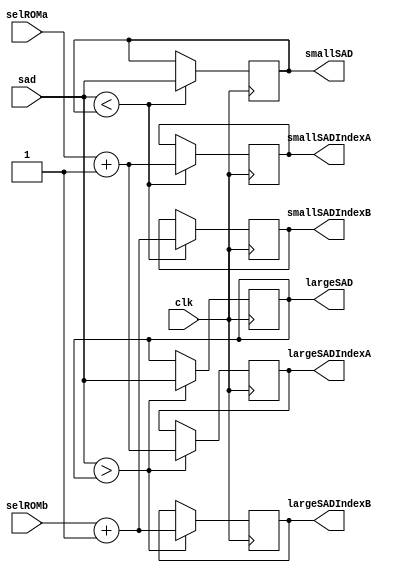
module sadComparatorMod(// Defining Ports
						input clk,
						input [23:0] sad,
						input [3:0] selROMa, selROMb,
						output [23:0] smallSAD, largeSAD,
						output [3:0] smallSADIndexA, smallSADIndexB, largeSADIndexA, largeSADIndexB
						);
	
	// Registers for finding the smallest SAD
	reg [23:0] smallSAD_reg = 8388607;
	reg [3:0] smallSADIndexA_reg;
	reg [3:0] smallSADIndexB_reg;
	
	// Smallest SAD Logic
	always@(posedge clk)
		begin
			if(sad < smallSAD_reg)
				begin
					smallSAD_reg = sad;
					smallSADIndexA_reg = selROMa + 1;
					smallSADIndexB_reg = selROMb + 1;
				end
		end
		
	// Register for finding the largest SAD
	reg [23:0] largeSAD_reg = 0;
	reg [3:0] largeSADIndexA_reg;
	reg [3:0] largeSADIndexB_reg;
	
// Smallest SAD Logic	
	always@(posedge clk)
		begin
			if(sad > largeSAD_reg)
				begin
					largeSAD_reg = sad;
					largeSADIndexA_reg = selROMa + 1;
					largeSADIndexB_reg = selROMb + 1;
				end
		end
		
	// Connecting appropriate registers to outputs
	assign smallSAD = smallSAD_reg;
	assign largeSAD = largeSAD_reg;
	assign smallSADIndexA = smallSADIndexA_reg;
	assign smallSADIndexB = smallSADIndexB_reg;
	assign largeSADIndexA = largeSADIndexA_reg ; 
	assign largeSADIndexB = largeSADIndexB_reg; 
		
endmodule